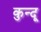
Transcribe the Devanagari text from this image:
कुन्दू